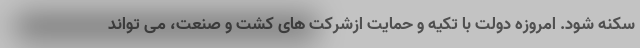
سکنه شود. امروزه دولت با تکیه و حمایت ازشرکت های کشت و صنعت، می تواند